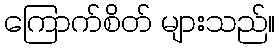
ကြောက်စိတ် များသည်။